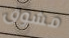
مشوق